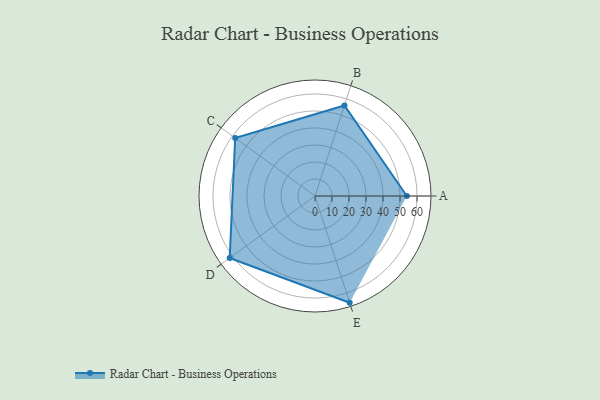
{"axis": {"x": "Skill", "y": "Score"}, "legend": ["Profile"], "data": [{"x": "A", "y": 54.0, "type": "Profile"}, {"x": "B", "y": 56.0, "type": "Profile"}, {"x": "C", "y": 58.0, "type": "Profile"}, {"x": "D", "y": 62.0, "type": "Profile"}, {"x": "E", "y": 66.0, "type": "Profile"}]}